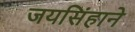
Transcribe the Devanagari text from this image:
जयसिंहाने